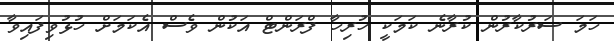
ހަމަ ސަރުކާރުން ކުރާނެ ކަމަކީ ހުރިހާ ފްރަންޓް އަކުން ވެސް އެކަމަށް ހުޅުވިފައިވާ